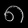
Digit: ၈